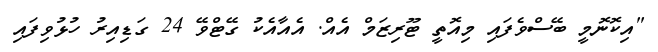
"އިކޮނޮމީ ބޭސްވެފައި މިއޮތީ ޓޫރިޒަމް އެއް. އެއާއެކު ގޭޭޓްވޭ 24 ގަޑިއިރު ހުޅުވިފައި